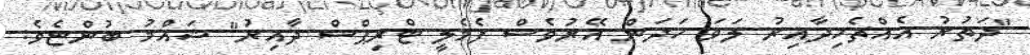
"ދަތުރު އެއްޗެހިދާއިރު ލަވަ ހަދަން އޭރުވެސް ފެމެލީ ޓްރިޕްސް ދާއިރު" ޝައްމު ބުންޏެވެ.